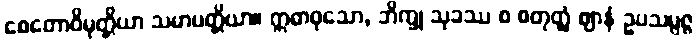
စေတောဝိမုတ္တိယာ သမာပတ္တိယာ။ ဣဓာဝုသော, ဘိက္ခု သုခဿ စ စတုတ္ထံ ဈာနံ ဥပသမ္ပဇ္ဇ